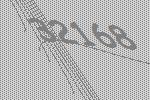
32168